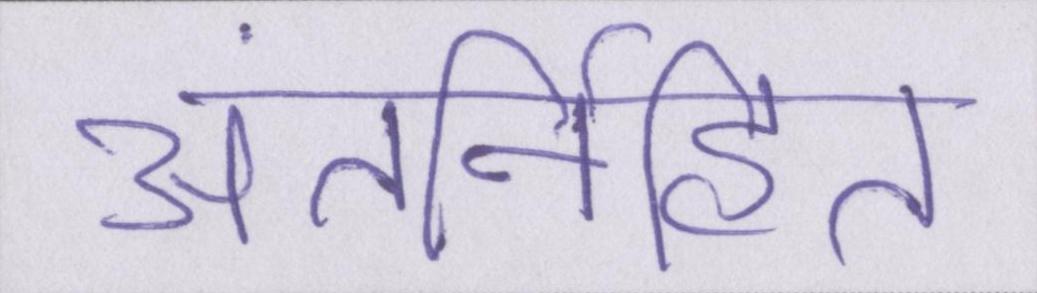
अंतर्निहित